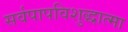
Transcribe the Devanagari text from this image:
सर्वपापविशुद्धात्मा